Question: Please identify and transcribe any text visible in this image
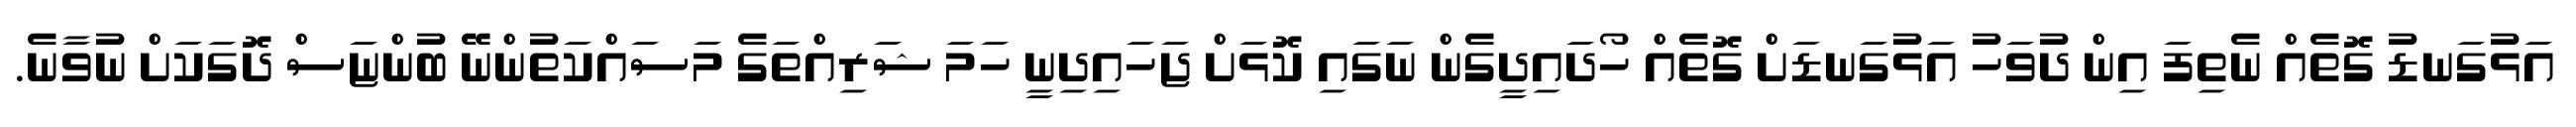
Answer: އަޅުގަނޑު ގޮތެއް ނެތިފަ އިން ދުވަހު އަޅުގަނޑަށް ގޮތެއް ހޯދައިދީގެން ނަގައި ކޮޅަށް ޖަހައިދިނީ ހަމަ ޝަރިއްތަގެ މަސައްކަތުންނޭ ބުންޏަސް ދޮގަކަށް ނުވާނެ.